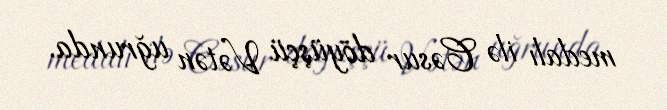
medalı ilə Cəsur döyüşçü Vətən uğrunda.